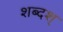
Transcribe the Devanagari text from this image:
शब्दश्